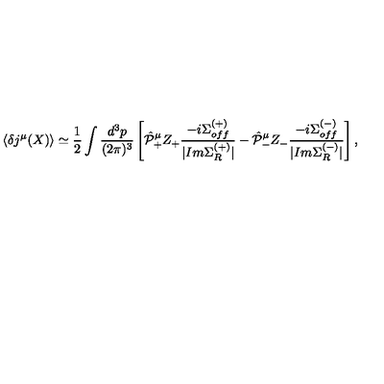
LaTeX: \langle \delta j ^ { \mu } ( X ) \rangle \simeq \frac { 1 } { 2 } \int \frac { d ^ { 3 } p } { ( 2 \pi ) ^ { 3 } } \left[ \hat { \cal P } _ { + } ^ { \mu } Z _ { + } \frac { - i \Sigma _ { o f f } ^ { ( + ) } } { | I m \Sigma _ { R } ^ { ( + ) } | } - \hat { \cal P } _ { - } ^ { \mu } Z _ { - } \frac { - i \Sigma _ { o f f } ^ { ( - ) } } { | I m \Sigma _ { R } ^ { ( - ) } | } \right] ,